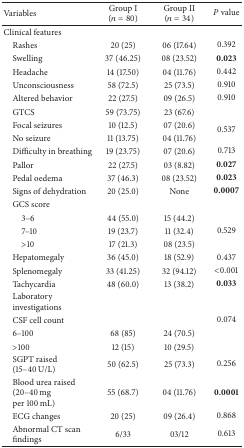
| Variables | Group I (n = 80) | Group II (n = 34) | P value |
 | --- | --- | --- | --- |
 | Clinical features |  |  |  |
 | Rashes | 20 (25) | 06 (17.64) | 0.392 |
 | Swelling | 37 (46.25) | 08 (23.52) | 0.023 |
 | Headache | 14 (17.50) | 04 (11.76) | 0.442 |
 | Unconsciousness | 58 (72.5) | 25 (73.5) | 0.910 |
 | Altered behavior | 22 (27.5) | 09 (26.5) | 0.910 |
 | GTCS | 59 (73.75) | 23 (67.6) |  |
 | Focal seizures | 10 (12.5) | 07 (20.6) | <ROWSPAN=2> 0.537 |
 | No seizure | 11 (13.75) | 04 (11.76) |
 | Difficulty in breathing | 19 (23.75) | 07 (20.6) | 0.713 |
 | Pallor | 22 (27.5) | 03 (8.82) | 0.027 |
 | Pedal oedema | 37 (46.3) | 08 (23.52) | 0.023 |
 | Signs of dehydration | 20 (25.0) | None | 0.0007 |
 | GCS score |  |  |  |
 | 3–6 | 44 (55.0) | 15 (44.2) |  |
 | 7–10 | 19 (23.7) | 11 (32.4) | 0.529 |
 | >10 | 17 (21.3) | 08 (23.5) |  |
 | Hepatomegaly | 36 (45.0) | 18 (52.9) | 0.437 |
 | Splenomegaly | 33 (41.25) | 32 (94.12) | <0.001 |
 | Tachycardia | 48 (60.0) | 13 (38.2) | 0.033 |
 | Laboratoryinvestigations |  |  |  |
 | CSF cell count |  |  | 0.074 |
 | 6–100 | 68 (85) | 24 (70.5) |  |
 | >100 | 12 (15) | 10 (29.5) |  |
 | SGPT raised(15–40 U/L) | 50 (62.5) | 25 (73.3) | 0.256 |
 | Blood urea raised(20–40 mgper 100 mL) | 55 (68.7) | 04 (11.76) | 0.0001 |
 | ECG changes | 20 (25) | 09 (26.4) | 0.868 |
 | Abnormal CT scanfindings | 6/33 | 03/12 | 0.613 |